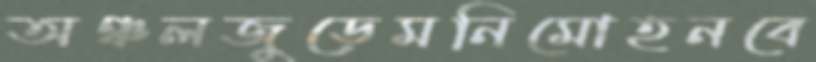
অঞ্চলজুড়েমনিমোহনবে